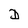
Character: J